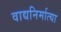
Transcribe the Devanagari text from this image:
वाद्यनिर्मात्या